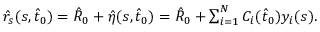
\begin{array} { r } { \hat { r } _ { s } ( s , \hat { t } _ { 0 } ) = \hat { R } _ { 0 } + \hat { \eta } ( s , \hat { t } _ { 0 } ) = \hat { R } _ { 0 } + \sum _ { i = 1 } ^ { N } C _ { i } ( \hat { t } _ { 0 } ) y _ { i } ( s ) . } \end{array}